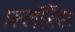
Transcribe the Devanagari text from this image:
फ़्लॉरेंस